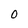
Character: 0